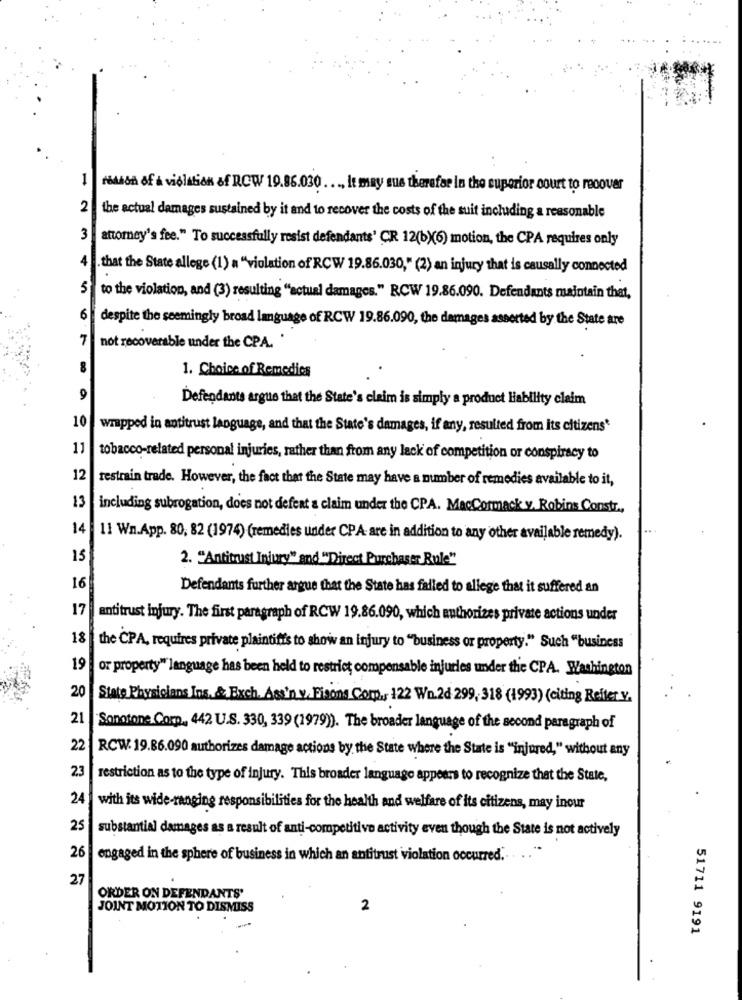
rodson of a violation of RCW 19.86.030 .... It may sus therefar in the superior court to recover
2
the actual damages sustained by it and to recover the costs of the suit including a reasonable
3
attorney's fee." To successfully resist defendants' CR 12(b)(6) motion, the CPA requires only
. that the State allege (1) a "violation of RCW 19.86.030," (2) an injury that is causally connected
5
to the violation, and (3) resulting "actual damages." RCW 19.86.090. Defendants maintain that,
6
despite the seemingly broad language of RCW 19.86.090, the damages assorted by the State are
7
not recoverable under the CPA.
8
1. Choice of Remedies
9
Defendants argue that the State's claim is simply a product liability claim
10
wrapped in antitrust language, and that the State's damages, if any, resulted from its citizens'
11
tobacco-related personal injuries, rather than from any lack of competition or conspiracy to
12
restrain trade. However, the fact that the State may have a number of remedies available to it,
13
including subrogation, does not defeat a claim under the CPA. MacCormack y. Robins Constr .,
14
11 Wn.App. 80, 82 (1974) (remedies under CPA- are in addition to any other available remedy).
15
2. "Antitrust Injury" and "Direct Purchaser Rule"
16
Defendants further argue that the State has failed to allege that it suffered an
17
antitrust injury. The first paragraph of RCW 19.86.090, which authorizes private actions under
18
the CPA, requires private plaintiffs to show an injury to "business or property." Such "business
19
or property" language has been held to restrict compensable injuries under the CPA. Washington
20
State Physicians Ins. & Exch. Ass'n.v. Frisons Corp ., 122 Wn.2d 299, 318 (1993) (citing Refter y.
21
Sonotone Corp ., 42 U.S. 330, 339 (1979). The broader language of the second paragraph of
22
RCW: 19.86.090 authorizes damage actions by the State where the State is "injured," without any
23
restriction as to the type of injury. This broader language appears to recognize that the State,
24
with its wide-ranging responsibilities for the health and welfare of its citizens, may inour
25
substantial damages as a result of anti-competitive activity even though the State is not actively
26
engaged in the sphere of business in which an antitrust violation occurred .. . .. "
27
ORDER ON DEFENDANTS'
JOINT MOTION TO DISMISS
2
51711 9191